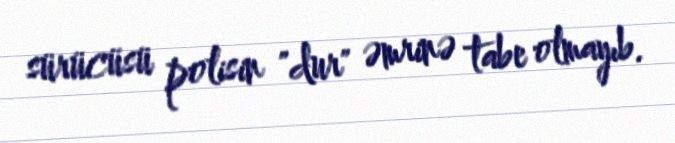
sürücüsü polisin "dur" əmrinə tabe olmayıb.